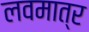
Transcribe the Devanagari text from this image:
लवमात्र